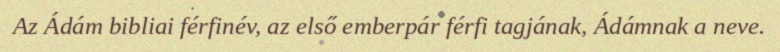
Az Ádám bibliai férfinév, az első emberpár férfi tagjának, Ádámnak a neve.